Civil Veterinary Department Bihar & Orissa reports 1929-36 - 1929-1936
Year: 1929
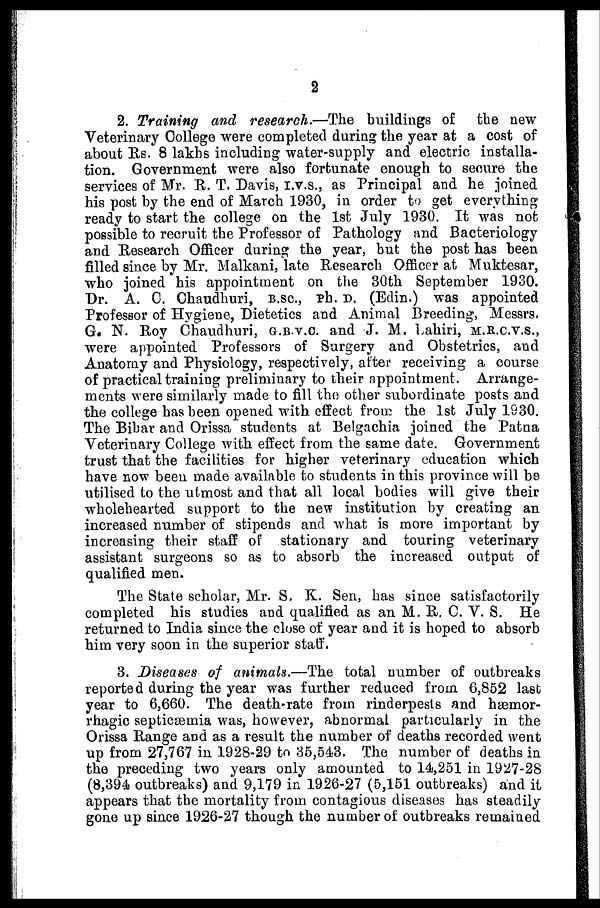
2
2. Training and research.—The buildings of the new
Veterinary College were completed during the year at a cost of
about Rs. 8 lakhs including water-supply and electric installa-
tion. Government were also fortunate enough to secure the
services of Mr. R. T. Davis, I.v.s., as Principal and he joined
his post by the end of March 1930, in order t get everything
ready to start the college on the 1st July 1930. It was not
possible to recruit the Professor of Pathology and Bacteriology
and Research Officer during the year, but the post has been
filled since by Mr. Malkani, late Research Officer at Muktesar,
who joined his appointment on the 30th September 1930.
Dr. A. C. Chaudhuri, B.SC, Ph. D. (Edin.) was appointed
Professor of Hygiene, Dietetics and Animal Breeding, Messrs.
G. N. Roy Chaudhuri, G.BV.C. and J. M. Lahiri, M.R.C.V.S.,
were appointed Professors of Surgery and Obstetrics, and
Anatomy and Physiology, respectively, after receiving a course
of practical training preliminary to their appointment. Arrange-
ments were similarly made to fill the other subordinate posts and
the college has been opened with effect from the 1st July 1930.
The Bihar and Orissa students at Belgachia joined the Patna
Veterinary College with effect from the same date. Government
trust that the facilities for higher veterinary education which
have now been made available to students in this province will be
utilised to the utmost and that all local bodies will give their
wholehearted support to the new institution by creating an
increased number of stipends and what is more important by
increasing their staff of stationary and touring veterinary
assistant surgeons so as to absorb the increased output of
qualified men.
The State scholar, Mr. S. K. Sen, has since satisfactorily
completed his studies and qualified as an M. R. C. V. S. He
returned to India since the close of year and it is hoped to absorb
him very soon in the superior staff.
3. Diseases of animals.—The total number of outbreaks
reported during the year was further reduced from 6,852 last
year to 6,660. The death-rate from rinderpests and haemor-
rhagic septicæmia was, however, abnormal particularly in the
Orissa Range and as a result the number of deaths recorded went
up from 27,767 in 1928-29 to 35,543. The number of deaths in
the preceding two years only amounted to 14,251 in 1927-28
(8,394 outbreaks) and 9,179 in 1926-27 (5,151 outbreaks) and it
appears that the mortality from contagious diseases has steadily
gone up since 1926-27 though the number of outbreaks remained